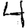
Digit: 4